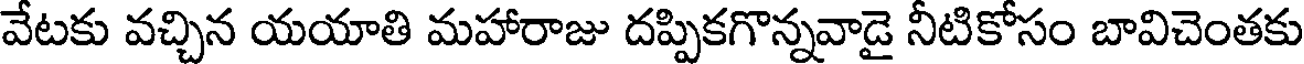
వేటకు వచ్చిన యయాతి మహారాజు దప్పికగొన్నవాడై నీటికోసం బావిచెంతకు